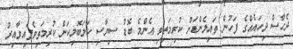
ދެހާސް ދިހައެއްގެ ފަހުން ތައިލެންޑަށް ކުރިމަތިވި އެންމެ ބޮޑު ސިޔާސީ ހަލަބޮލިކަން ކުރިމަތިވެފައިވާއިރު